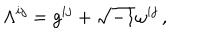
\Lambda ^ { i j } = g ^ { i j } + \sqrt { - 1 } \omega ^ { i j } \, ,